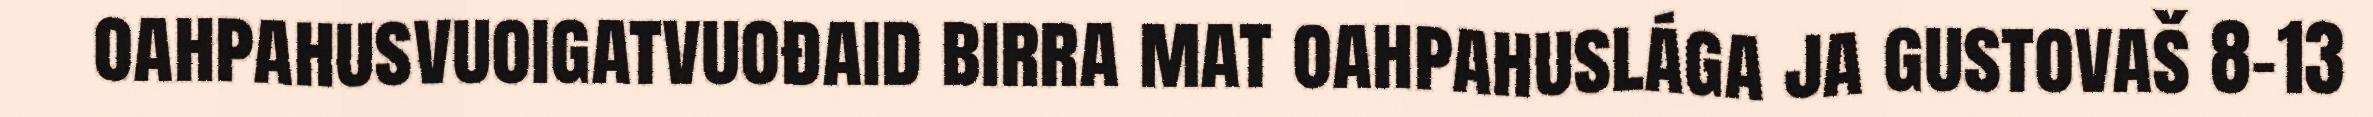
oahpahusvuoigatvuođaid birra mat oahpahuslága ja gustovaš 8-13